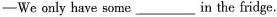
—We only have some ___ in the fridge.